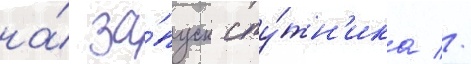
на́ за́пуск спу́тн'ика //